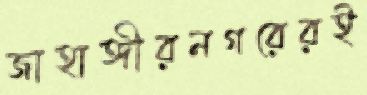
জাহাঙ্গীরনগরেরই